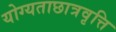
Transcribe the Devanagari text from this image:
योग्यताछात्रवृत्ति